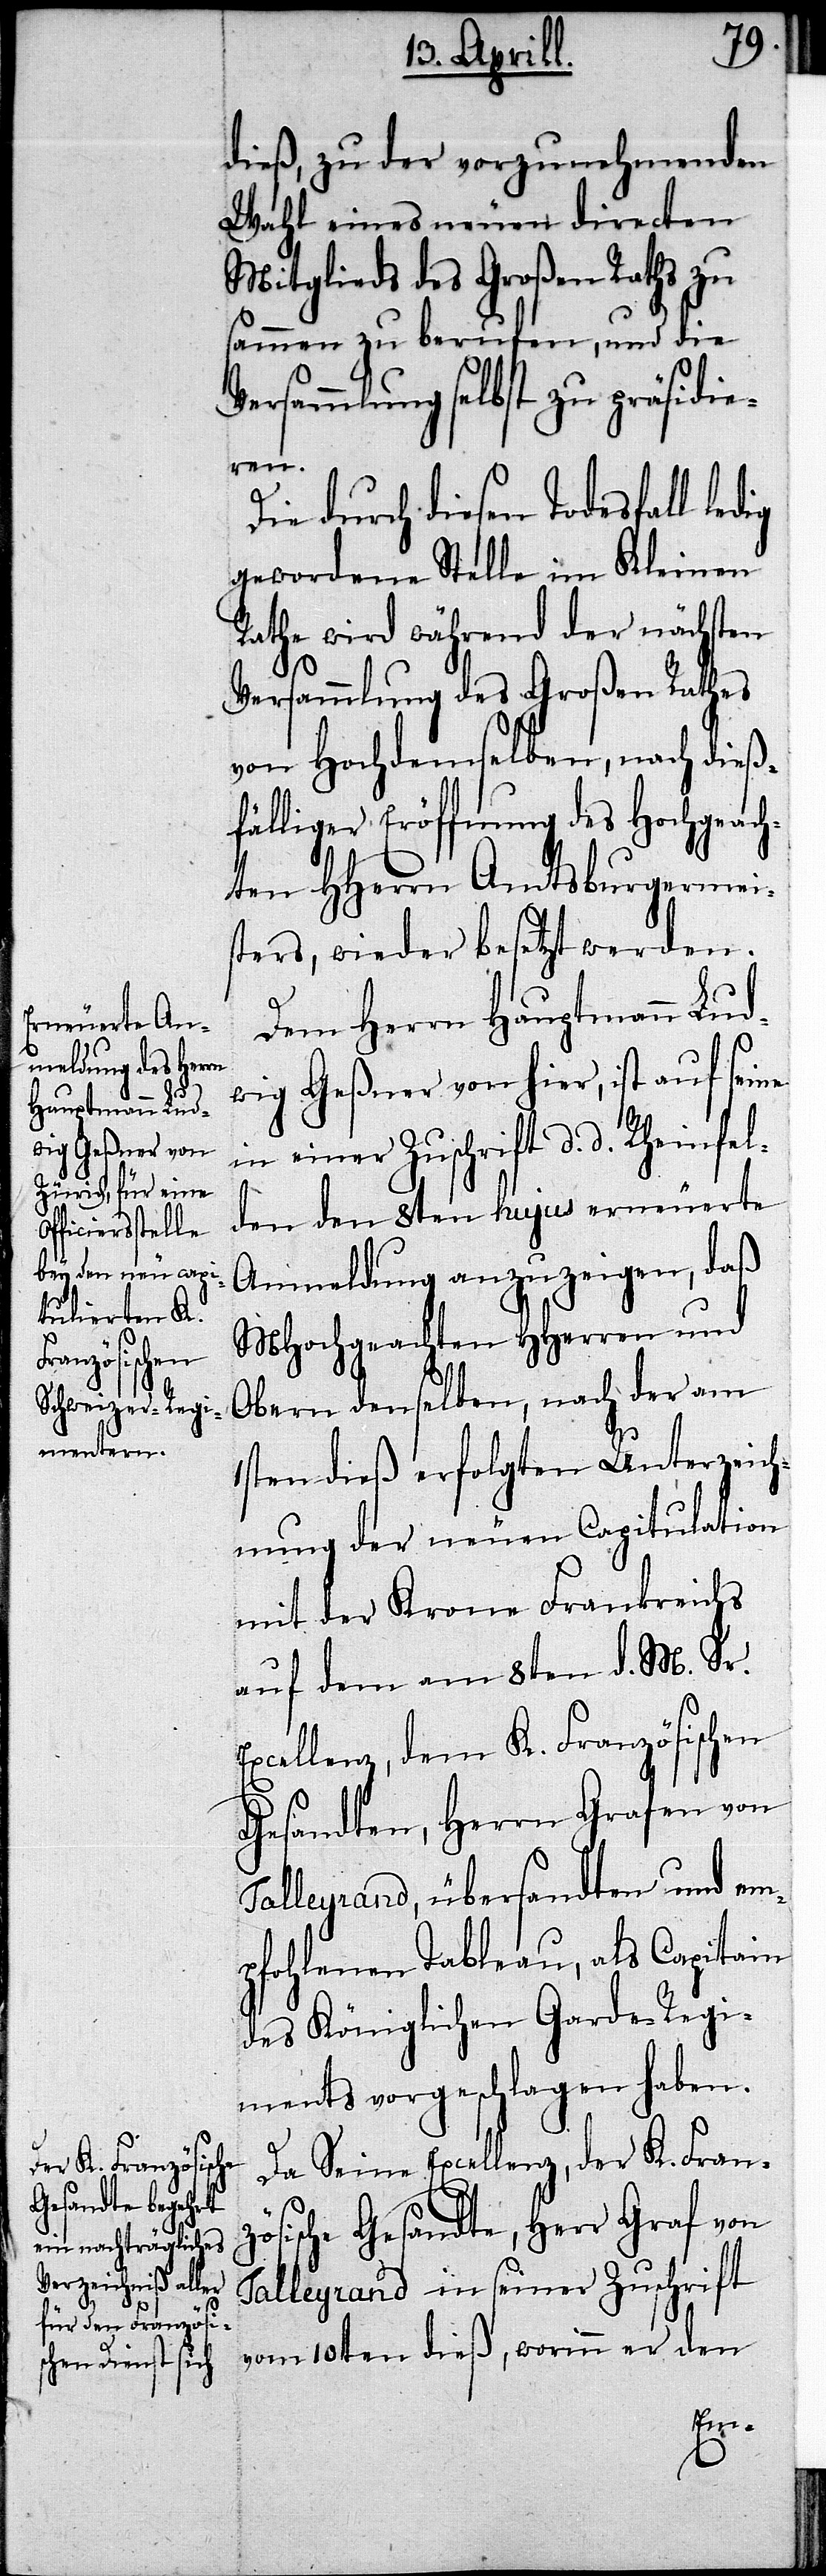
t¬
dieß, zu der vorzunehmenden
Wahl eines neuen directen
Mitglieds des Großen Raths zu¬
sammen zu berufen, und die
Versammlung selbst zu präsidie¬
ren.
Die durch diesen Todesfall led¬
gewordene Stelle im Kleinen
Rathe wird während der nächsten
Versammlung des Großen Rathes
von Hochdemselben, nach dieß¬
fälliger Eröffnung des Hochgeach¬
eten HHerrn Amtsburgermei¬
sters, wieder besetzt werden.
Dem Herrn Hauptmann Lud¬
wig Geßner von hier, ist auf seine
in einer Zuschrift d. d. Rheinfel¬
ig
den den 8ten hujus erneuerte
Anmeldung anzuzeigen, daß
MHochgeachten HHerren und
Obern denselben, nach der am
1sten dieß erfolgten Unterzeich¬
nung der neuen Capitulation
mit der Krone Frankreichs
auf dem am 8ten d. M. Sr.
Excellenz, dem K. Französischen
Gesandten, Herrn Grafen von
Talleyrand, übersandten und em¬
pfohlenen Tableau, als Capitain
des Königlichen Garde-Regi¬
ments vorgeschlagen haben.
Da Seine Excellenz, der K. Fran¬
zösische Gesandte, Herr Graf von
Talleyrand in seiner Zuschrift
vom 10ten dieß, worinn er den